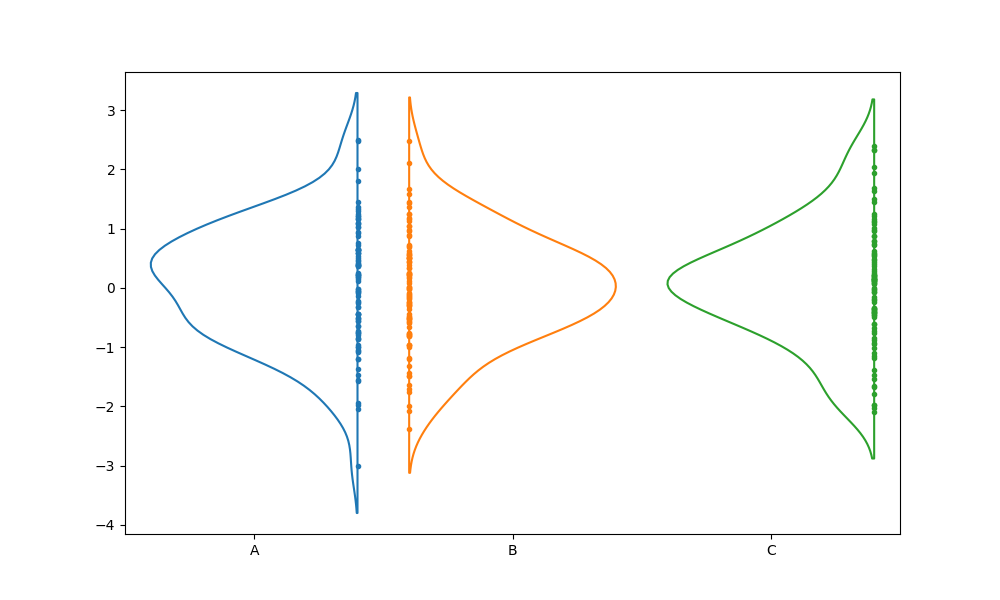
python, seaborn, violinplot, scale='count', split='True', inner='point', fill='False'